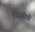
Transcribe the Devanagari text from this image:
थियरीची